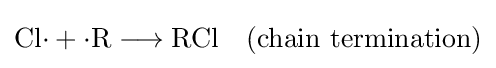
\mathrm {Cl{\cdot }+{\cdot }R\longrightarrow RCl\quad (chain\ termination)}